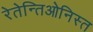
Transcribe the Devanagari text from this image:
रेतेन्तिओनिस्त